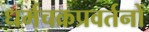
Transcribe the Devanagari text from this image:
धर्मचक्रप्रवर्तनों